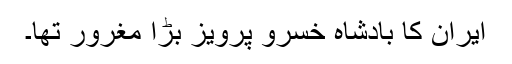
ایران کا بادشاہ خسرو پرویز بڑا مغرور تھا۔